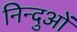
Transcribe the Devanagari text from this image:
निन्दुओं